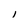
Character: i